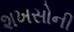
શખસોની